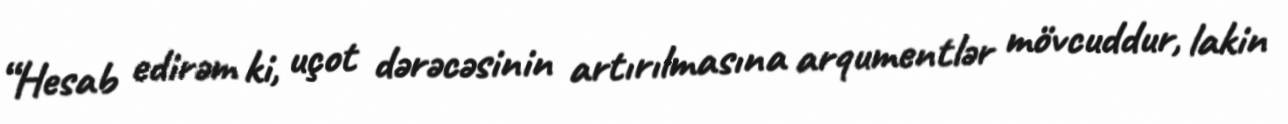
“Hesab edirəm ki, uçot dərəcəsinin artırılmasına arqumentlər mövcuddur, lakin